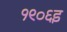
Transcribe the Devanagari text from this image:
१९०६इ